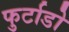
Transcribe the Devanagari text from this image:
फुर्टाडो